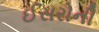
ઈસરોની